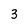
Character: 3